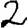
Digit: 2